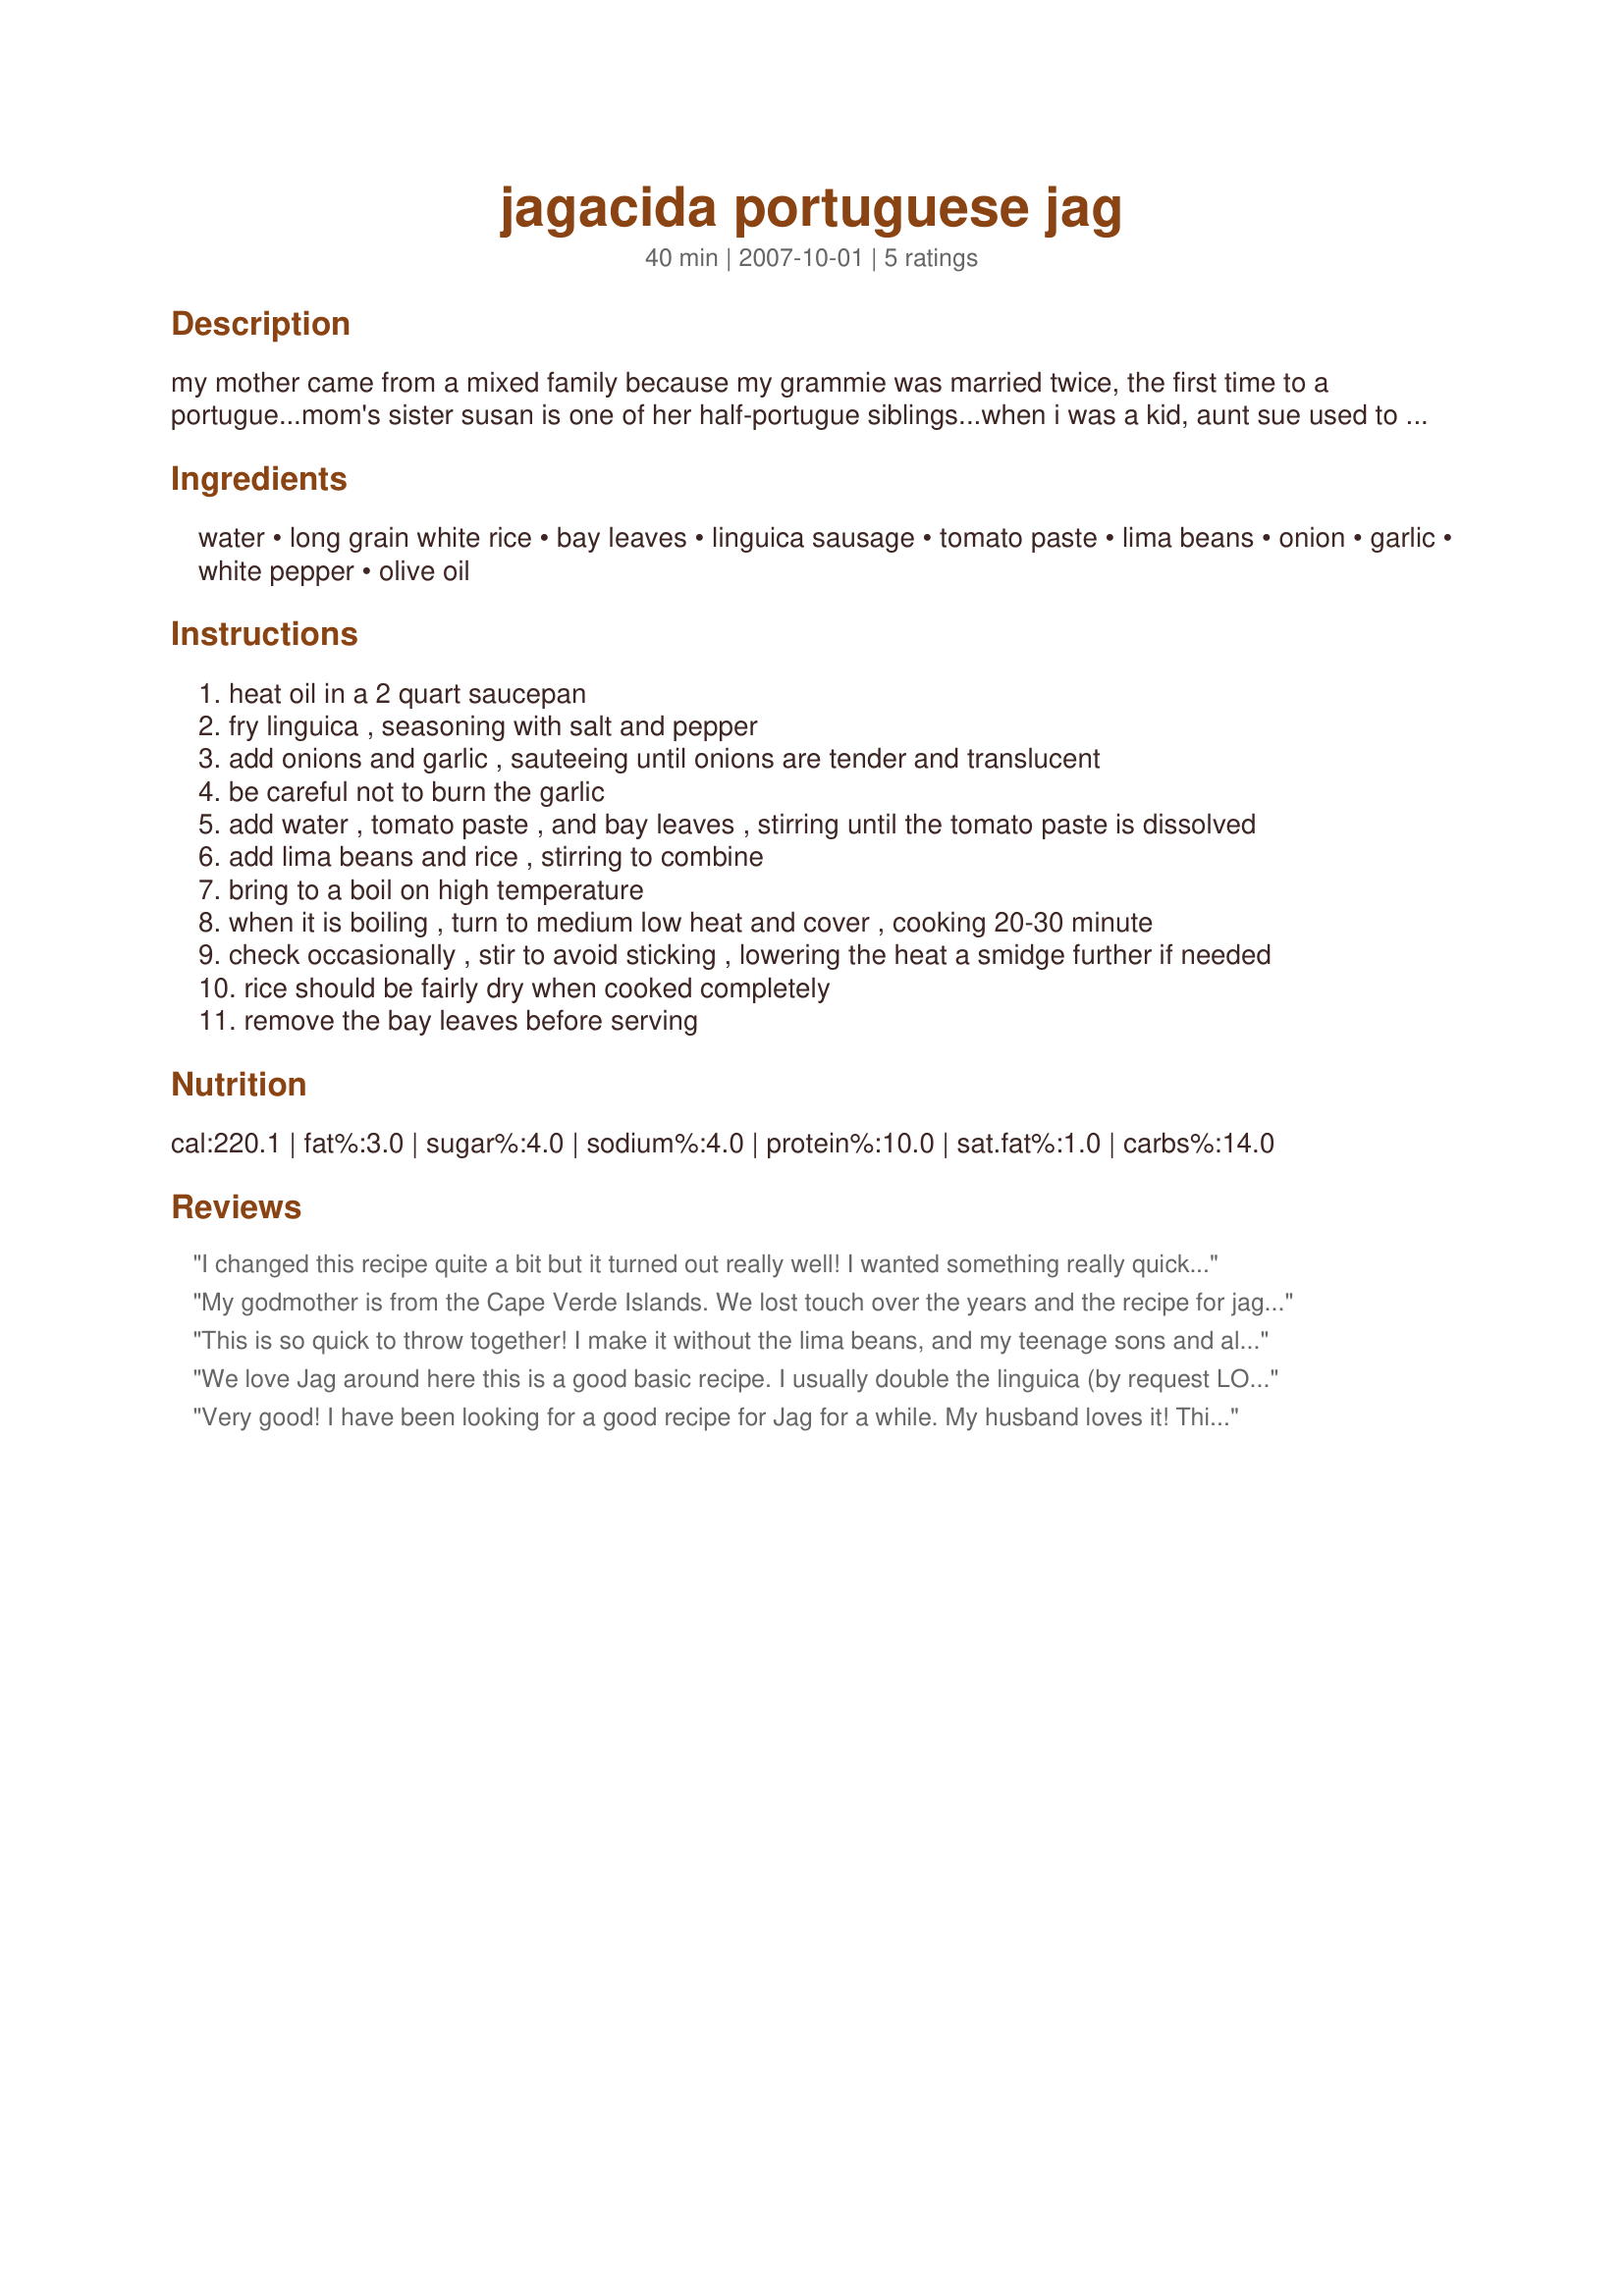
jagacida portuguese jag
Preparation time: 40 minutes

my mother came from a mixed family because my grammie was married twice, the first time to a portugue...mom's sister susan is one of her half-portugue siblings...when i was a kid, aunt sue used to make this portugue jag all the time...i used to beg her to make it and invite us (my siblings and i) for lunch...sometimes she said no, but when she said yes it was heavenly...i never got the recipe, much to my disappointment, but i think i've been able to reconstruct it...here it is!

Ingredients:
water, long grain white rice, bay leaves, linguica sausage, tomato paste, lima beans, onion, garlic, white pepper, olive oil

Steps:
heat oil in a 2 quart saucepan
fry linguica , seasoning with salt and pepper
add onions and garlic , sauteeing until onions are tender and translucent
be careful not to burn the garlic
add water , tomato paste , and bay leaves , stirring until the tomato paste is dissolved
add lima beans and rice , stirring to combine
bring to a boil on high temperature
when it is boiling , turn to medium low heat and cover , cooking 20-30 minute
check occasionally , stir to avoid sticking , lowering the heat a smidge further if needed
rice should be fairly dry when cooked completely
remove the bay leaves before serving

Reviews:
I changed this recipe quite a bit but it turned out really well! I wanted something really quick after work, so I made long grain brown rice with broth in my rice cooker before hand. When I came home, I quickly threw this together (fried the onion and garlic in oil, added the cooked chicken sausage, tomato paste, and canned beans, added the cooked rice, then topped it with the white pepper). I was able to double the recipe successfully. Tasty and easy! Thanks for posting!
My godmother is from the Cape Verde Islands. We lost touch over the years and the recipe for jag was never written down. Thanks for posting. I love a one pot meal and this is great. I used kidney beans instead of limas, and my own mother uses whole green beans. No matter, it still tastes great .
This is so quick to throw together! I make it without the lima beans, and my teenage sons and all their friends LOVE IT!!!
We love Jag around here this is a good basic recipe. I usually double the linguica (by request LOL!) use kidney beans instead of lima beans. I've used ketchup instead of paste if I didn't have it. I get requests for this recipe all the time. Simple and yummy!
Very good! I have been looking for a good recipe for Jag for a while. My husband loves it! This was very tasty. I used red kidney beans and chirozo. Next time the only thing that I think that I will do different is use chicken broth instead of water. The recipe that my husband remembers from way back had chicken broth in it. But still very good!
